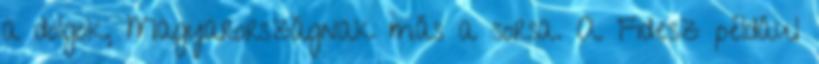
a dolgok, Magyarországnak más a sorsa. A Fidesz például